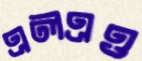
এলএও